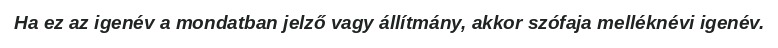
Ha ez az igenév a mondatban jelző vagy állítmány, akkor szófaja melléknévi igenév.